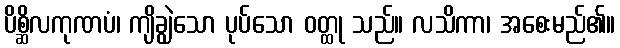
ပိစ္ဆိလကုဏပံ၊ ကျိချွဲသော ပုပ်သော ဝတ္ထု သည်။ လသိကာ၊ အစေးမည်၏။